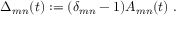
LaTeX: \Delta _ { m n } ( t ) : = ( \delta _ { m n } - 1 ) A _ { m n } ( t ) \; .